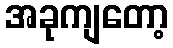
အခုကျတော့